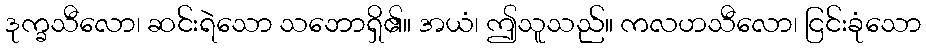
ဒုက္ခသီလော၊ ဆင်းရဲသော သဘောရှိ၏။ အယံ၊ ဤသူသည်။ ကလဟသီလော၊ ငြင်းခုံသော